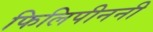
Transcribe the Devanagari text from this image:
फिलिपीननी